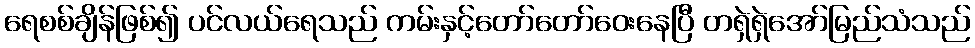
ရေစစ်ချိန်ဖြစ်၍ ပင်လယ်ရေသည် ကမ်းနှင့်တော်တော်ဝေးနေပြီ တရှဲရှဲအော်မြည်သံသည်